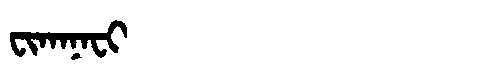
Manchu: ᠸᡳᡴᠠᠨᠠᠸᡳ
Romanization: FIKANAFI